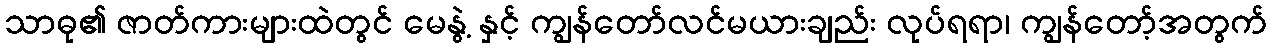
သာဓု၏ ဇာတ်ကားများထဲတွင် မေနွဲ့ နှင့် ကျွန်တော်လင်မယားချည်း လုပ်ရရာ၊ ကျွန်တော့်အတွက်